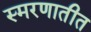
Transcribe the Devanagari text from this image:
स्मरणातीत